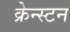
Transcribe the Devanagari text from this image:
क्रेन्स्टन